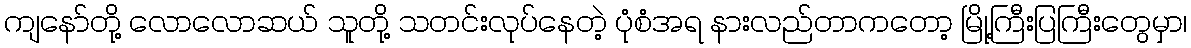
ကျနော်တို့ လောလောဆယ် သူတို့ သတင်းလုပ်နေတဲ့ ပုံစံအရ နားလည်တာကတော့ မြို့ကြီးပြကြီးတွေမှာ၊